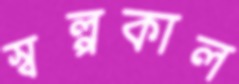
স্বল্পকাল